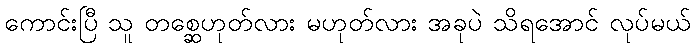
ကောင်းပြီ သူ တစ္ဆေဟုတ်လား မဟုတ်လား အခုပဲ သိရအောင် လုပ်မယ်